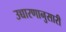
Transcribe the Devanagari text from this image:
उच्चारणानुसारी